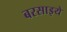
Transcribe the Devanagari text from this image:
बरसाइये